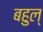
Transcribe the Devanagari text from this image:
बहुल्